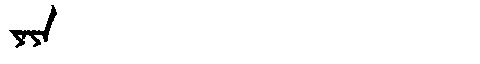
Manchu: ᠶᠠᠶᠠ
Romanization: YAYA